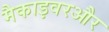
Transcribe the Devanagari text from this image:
मैकाइवरऔर